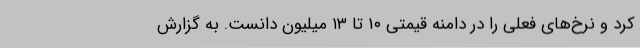
کرد و نرخ‌های فعلی را در دامنه قیمتی ۱۰ تا ۱۳ میلیون دانست. به گزارش